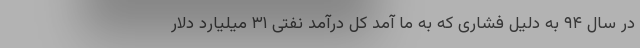
در سال ۹۴ به دلیل فشاری که به ما آمد کل درآمد نفتی ۳۱ میلیارد دلار